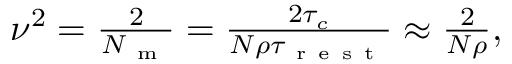
\begin{array} { r } { \nu ^ { 2 } = \frac { 2 } { N _ { \mathrm { ~ m ~ } } } = \frac { 2 \tau _ { c } } { N \rho \tau _ { \mathrm { ~ r ~ e ~ s ~ t ~ } } } \approx \frac { 2 } { N \rho } , } \end{array}